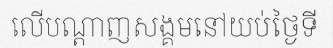
លើបណ្តាញសង្គមនៅយប់ថ្ងៃទី